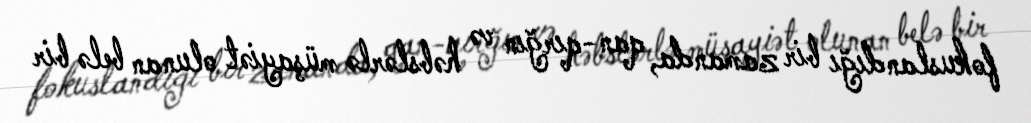
fokuslandığı bir zamanda, qan-qırğın və həbslərlə müşayiət olunan belə bir